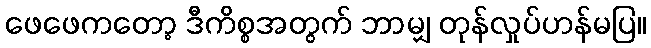
ဖေဖေကတော့ ဒီကိစ္စအတွက် ဘာမျှ တုန်လှုပ်ဟန်မပြ။